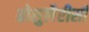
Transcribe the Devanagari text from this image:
ग्रोसुलैरीसी